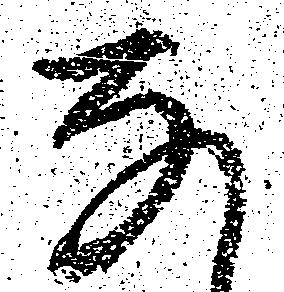
な